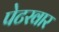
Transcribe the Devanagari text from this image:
पेटरवार